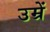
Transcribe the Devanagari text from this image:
उम्रें